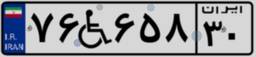
۱۹W۰۱۱۲۴